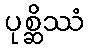
ပုစ္ဆိဿံ